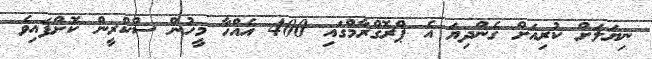
ނިޔަލަށް ކުރިއަށް ގެންދިޔަ އެ ޕްރޮގްރާމްގައި 400 އެއްހާ މީހުން ސްކްރީން ކޮށްފައިވެ